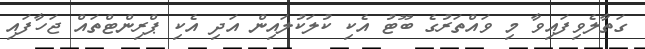
ގަތާލެވިފައިވާ މި ވައްތަރުގެ ބޫޓު އެކި ކުލަކުލައިން އަދި އެކި ޕްރިންޓްތައް ޖަހާފައި